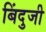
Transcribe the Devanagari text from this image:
बिंदुजी